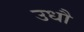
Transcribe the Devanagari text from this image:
उधौ